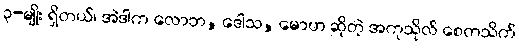
၃-မျိုး ရှိတယ်၊ အဲဒါက လောဘ, ဒေါသ, မောဟ ဆိုတဲ့ အကုသိုလ် စေတသိက်